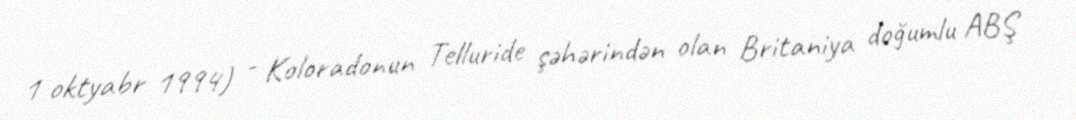
1 oktyabr 1994) - Koloradonun Telluride şəhərindən olan Britaniya doğumlu ABŞ